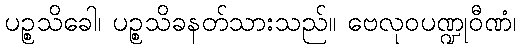
ပဉ္စသိခေါ၊ ပဉ္စသိခနတ်သားသည်။ ဗေလုဝပဏ္ဍုဝီဏံ၊